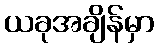
ယခုအချိန်မှာ